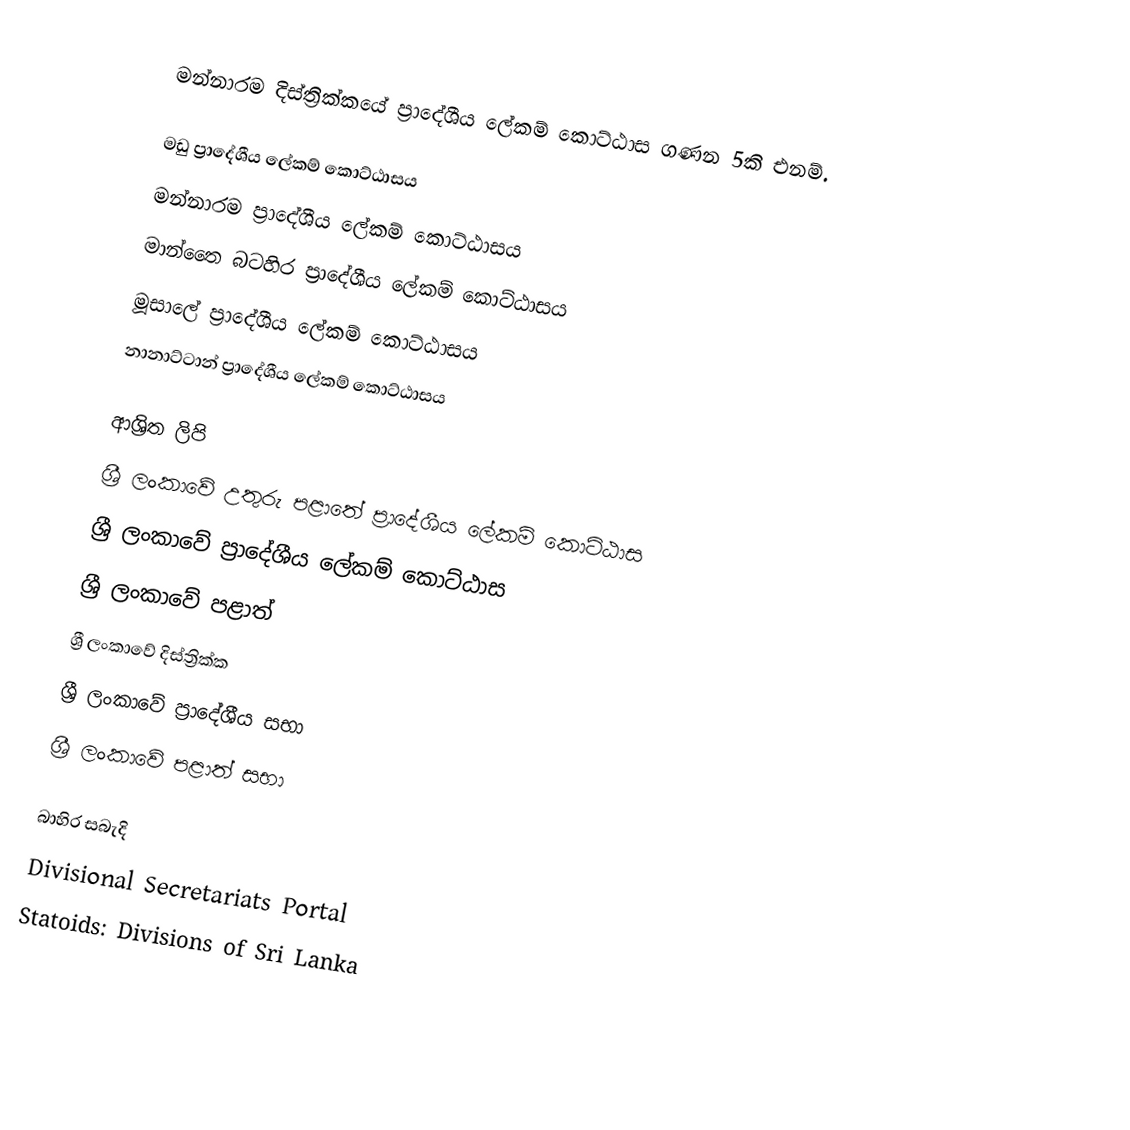
මන්නාරම දිස්ත්‍රික්කයේ ප්‍රාදේශීය ලේකම් කොට්ඨාස ගණන 5කි එනම්.

 මඩු ප්‍රාදේශීය ලේකම් කොට්ඨාසය
 මන්නාරම ප්‍රාදේශීය ලේකම් කොට්ඨාසය
 මාන්තෛ බටහිර ප්‍රාදේශීය ලේකම් කොට්ඨාසය
 මූසාලේ ප්‍රාදේශීය ලේකම් කොට්ඨාසය
 නානාට්ටාන් ප්‍රාදේශීය ලේකම් කොට්ඨාසය

ආශ්‍රිත ලිපි
 ශ්‍රී ලංකාවේ උතුරු පළාතේ ප්‍රාදේශීය ලේකම් කොට්ඨාස
 ශ්‍රී ලංකාවේ ප්‍රාදේශීය ලේකම් කොට්ඨාස
 ශ්‍රී ලංකාවේ පළාත්
 ශ්‍රී ලංකාවේ දිස්ත්‍රික්ක
 ශ්‍රී ලංකාවේ ප්‍රාදේශීය සභා
 ශ්‍රී ලංකාවේ පළාත් සභා

බාහිර සබැදි
 Divisional Secretariats Portal
 Statoids: Divisions of Sri Lanka